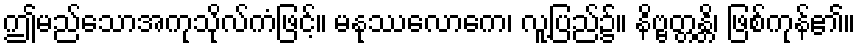
ဤမည်သောအကုသိုလ်ကံဖြင့်။ မနုဿလောကေ၊ လူ့ပြည်၌။ နိဗ္ဗတ္တန္တိ၊ ဖြစ်ကုန်၏။